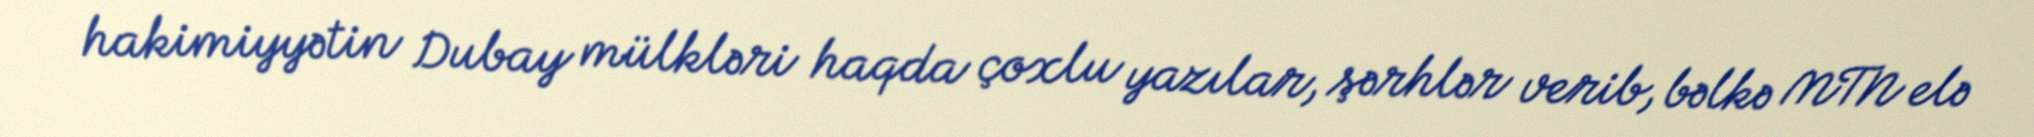
hakimiyyətin Dubay mülkləri haqda çoxlu yazılar, şərhlər verib, bəlkə MTN elə